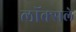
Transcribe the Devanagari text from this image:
लॉक्सले